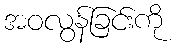
အဝလွန်ခြင်းကို